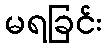
မရခြင်း